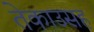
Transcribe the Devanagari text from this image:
तेकाउसह